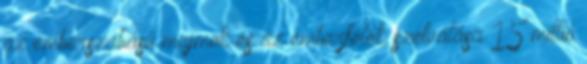
az emberszabású majmok és az emberfélék szétválása 15 millió